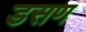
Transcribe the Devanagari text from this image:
डसण